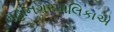
મહાનગરપાલિકાએ